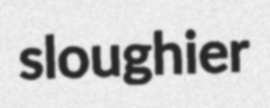
sloughier